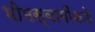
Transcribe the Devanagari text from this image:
भीमस्वामींकडे